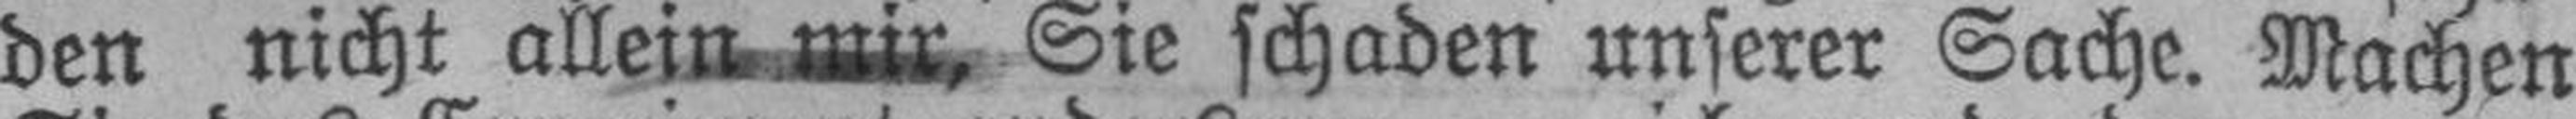
den nicht allein mir, Sie schaden unserer Sache. Machen